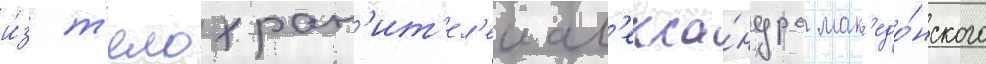
и́з т'елохран'ит'ел'еи ал'екса́ндра мак'едо́нского